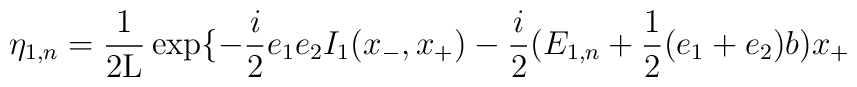
{\eta}_{1,n} = \frac{1}{2{\rm L}}  \exp\{ - \frac{i}{2} e_1e_2I_1(x_{-},x_{+}) - \frac{i}{2} (E_{1,n} + \frac{1}{2}(e_1 + e_2)b) x_{+}